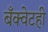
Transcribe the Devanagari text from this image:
बँक्वेटही